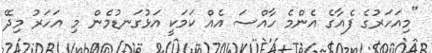
"މިއަހަރުގެ ފެއާގެ އެންމެ ހާއްސަ އެއް ކަމަކީ އަޅުގަނޑުމެން މި އަހަރު މިދޭ